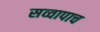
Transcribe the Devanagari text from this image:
सव्वापाच